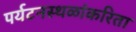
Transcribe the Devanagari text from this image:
पर्यटनस्थळांकरिता